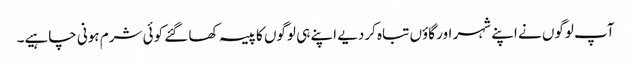
آپ لوگوں نے اپنے شہر اور گاؤں تباہ کردیے اپنے ہی لوگوں کا پیسہ کھا گئے کوئی شرم ہونی چاہیے۔